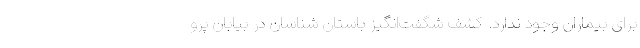
برای بیماران وجود ندارد. کشف شگفت‌انگیز باستان ‌شناسان در بیابان پرو